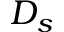
D _ { s }